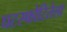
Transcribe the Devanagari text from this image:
घटस्फोटितेला